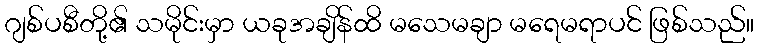
ဂျစ်ပစီတို့၏ သမိုင်းမှာ ယခုအချိန်ထိ မသေမချာ မရေမရာပင် ဖြစ်သည်။